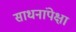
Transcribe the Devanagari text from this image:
साधनांपेक्षा